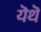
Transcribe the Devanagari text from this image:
यॆथॆ